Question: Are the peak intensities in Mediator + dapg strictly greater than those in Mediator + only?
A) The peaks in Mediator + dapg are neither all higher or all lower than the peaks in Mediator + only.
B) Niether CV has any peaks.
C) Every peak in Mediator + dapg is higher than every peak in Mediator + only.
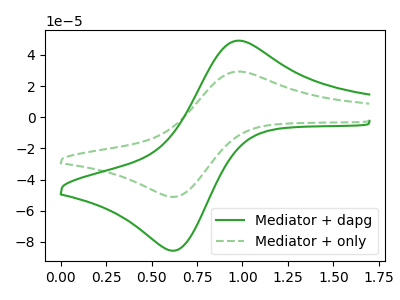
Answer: <think>The green curve "Mediator + dapg" has an anodic peak at (1.00V, 49.10uA) and a cathodic peak at (0.60V, -85.60uA). The green dashed curve "Mediator + only" has an anodic peak at (1.00V, 29.30uA) and a cathodic peak at (0.60V, -51.10uA).</think>
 <answer>C) Every peak in "Mediator + dapg" is higher than every peak in "Mediator + only".</answer>
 <eval>C</eval>